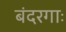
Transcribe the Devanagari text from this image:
बंदरगाः